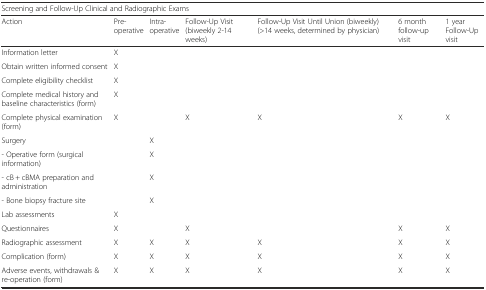
<table><thead><tr><td colspan="7"><b>Screening and Follow-Up Clinical and Radiographic Exams</b></td></tr><tr><td><b>Action</b></td><td><b>Pre-operative</b></td><td><b>Intra-operative</b></td><td><b>Follow-Up Visit (biweekly 2-14 weeks)</b></td><td><b>Follow-Up Visit Until Union (biweekly) (&gt;14 weeks, determined by physician)</b></td><td><b>6 month follow-up visit</b></td><td><b>1 year Follow-Up visit</b></td></tr></thead><tbody><tr><td>Information letter</td><td>X</td><td></td><td></td><td></td><td></td><td></td></tr><tr><td>Obtain written informed consent</td><td>X</td><td></td><td></td><td></td><td></td><td></td></tr><tr><td>Complete eligibility checklist</td><td>X</td><td></td><td></td><td></td><td></td><td></td></tr><tr><td>Complete medical history and baseline characteristics (form)</td><td>X</td><td></td><td></td><td></td><td></td><td></td></tr><tr><td>Complete physical examination (form)</td><td>X</td><td></td><td>X</td><td>X</td><td>X</td><td>X</td></tr><tr><td>Surgery</td><td></td><td>X</td><td></td><td></td><td></td><td></td></tr><tr><td>- Operative form (surgical information)</td><td></td><td>X</td><td></td><td></td><td></td><td></td></tr><tr><td>- cB + cBMA preparation and administration</td><td></td><td>X</td><td></td><td></td><td></td><td></td></tr><tr><td>- Bone biopsy fracture site</td><td></td><td>X</td><td></td><td></td><td></td><td></td></tr><tr><td>Lab assessments</td><td>X</td><td></td><td></td><td></td><td></td><td></td></tr><tr><td>Questionnaires</td><td>X</td><td></td><td>X</td><td></td><td>X</td><td>X</td></tr><tr><td>Radiographic assessment</td><td>X</td><td>X</td><td>X</td><td>X</td><td>X</td><td>X</td></tr><tr><td>Complication (form)</td><td>X</td><td>X</td><td>X</td><td>X</td><td>X</td><td>X</td></tr><tr><td>Adverse events, withdrawals &amp; re-operation (form)</td><td>X</td><td>X</td><td>X</td><td>X</td><td>X</td><td>X</td></tr></tbody></table>